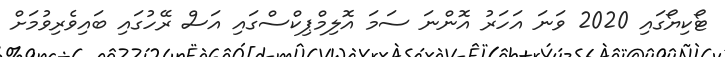
ޓޯކިޔޯގައި 2020 ވަނަ އަހަރު އޮންނަ ސަމަ އޮލިމްޕިކްސްގައި އަސް ރޭހުގައި ބައިވެރިވުމަށް